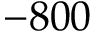
- 8 0 0